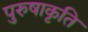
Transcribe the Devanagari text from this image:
पुरुषाकृति